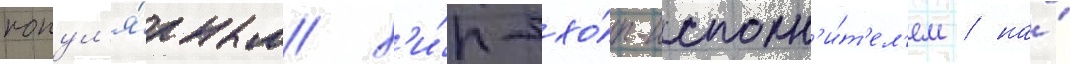
попул'я́рным х'и́п-хо́п-исполн'и́т'ел'ем / на́